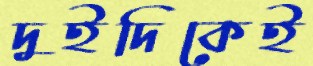
দুইদিকেই